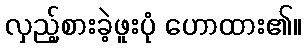
လှည့်စားခဲ့ဖူးပုံ ဟောထား၏။